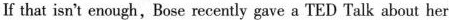
If that isn't enough, Bose recently gave a TED Taìk about her